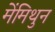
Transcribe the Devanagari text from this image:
मेंमिथुन